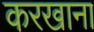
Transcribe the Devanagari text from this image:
करखाना